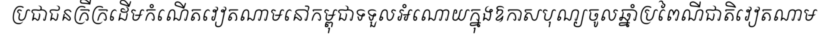
ប្រជាជនក្រីក្រដើមកំណើតវៀតណាមនៅកម្ពុជាទទួលអំណោយក្នុងឱកាសបុណ្យចូលឆ្នាំប្រពៃណីជាតិវៀតណាម